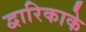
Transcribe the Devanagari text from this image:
द्वारिकाके